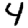
Digit: 4